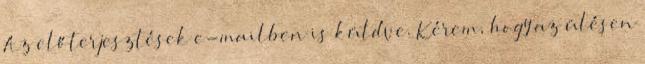
Az előterjesztések e-mailben is küldve. Kérem, hogy az ülésen